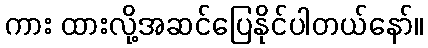
ကား ထားလို့အဆင်ပြေနိုင်ပါတယ်နော်။